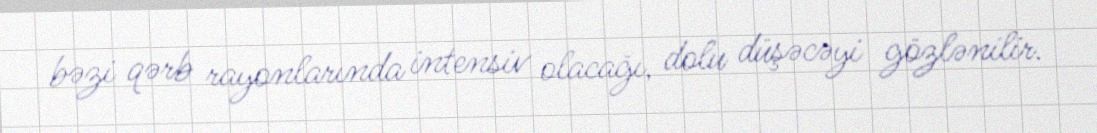
bəzi qərb rayonlarında intensiv olacağı, dolu düşəcəyi gözlənilir.